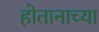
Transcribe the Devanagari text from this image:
होतानाच्या